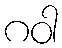
ဂဝါ